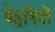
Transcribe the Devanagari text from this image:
वेष्टनियों